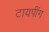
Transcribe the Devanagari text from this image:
टायपींग